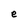
Character: e